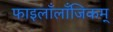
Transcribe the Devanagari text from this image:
फाइलाँलाँजिकम्